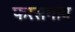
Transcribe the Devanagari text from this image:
फरसगांव